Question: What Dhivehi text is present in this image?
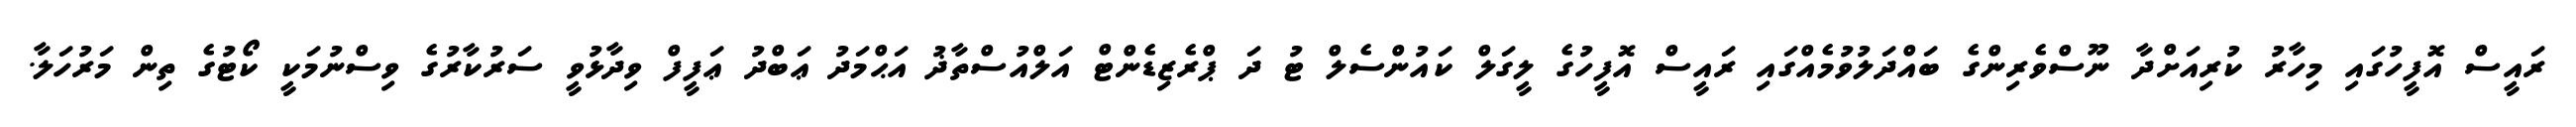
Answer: ރައީސް އޮފީހުގައި މިހާރު ކުރިއަށްދާ ނޫސްވެރިންގެ ބައްދަލުވުމެއްގައި ރައީސް އޮފީހުގެ ލީގަލް ކައުންސެލް ޓު ދަ ޕްރެޒިޑެންޓް އަލްއުސްތާޛު އަޙްމަދު ޢަބްދު ޢަފީފް ވިދާޅުވީ ސަރުކާރުގެ ވިސްނުމަކީ ކޯޓުގެ ތިން މަރުހަލާ.